Scottish Certificate of Education, 1963
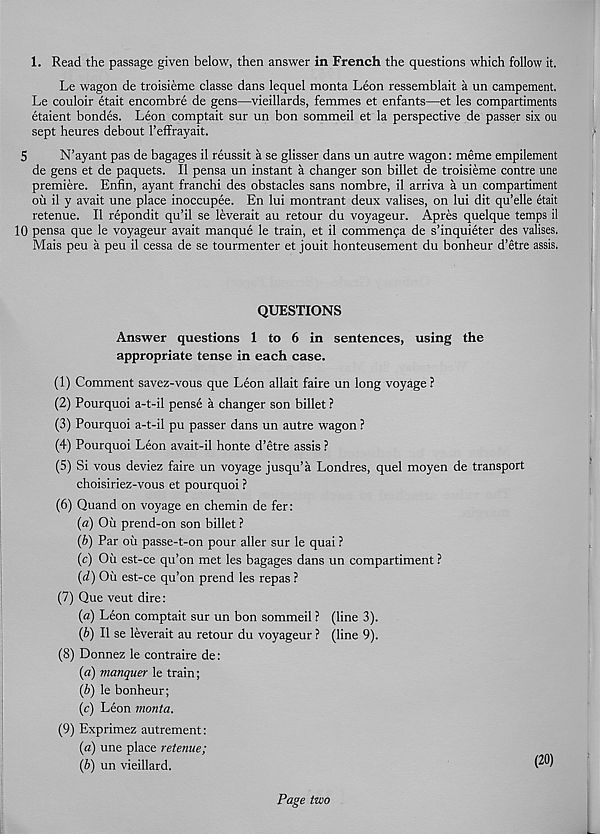
1. Read the passage given below, then answer in French the questions which follow it.
Le wagon de troisieme classe dans lequel monta Leon ressemblait a un campement.
Le couloir etait encombre de gens—vieillards, femmes et enfants—et les compartiments
etaient bondes. Leon comptait sur un bon sommeil et la perspective de passer six cm
sept heures debout I’effrayait.
5
N’ayant pas de bagages il reussit a se glisser dans un autre wagon: meme empilement
de gens et de paquets. II pensa un instant a changer son billet de troisieme contre une
premiere. Enfin, ayant franchi des obstacles sans nombre, il arriva a un compartiment
oil il y avait une place inoccupee. En lui montrant deux valises, on lui dit qu’elle etait
retenue. Il repondit qu’il se leverait au retour du voyageur. Apres quelque temps il
10 pensa que le voyageur avait manque le train, et il commen5a de s’inquieter des valises.
Mais peu a peu il cessa de se tourmenter et jouit honteusement du bonheur d’etre assis.
QUESTIONS
Answer questions 1 to 6 in sentences, using the
appropriate tense in each case.
(1) Comment savez-vous que Leon allait faire un long voyage ?
(2) Pourquoi a-t-il pense a changer son billet ?
(3) Pourquoi a-t-il pu passer dans un autre wagon ?
(4) Pourquoi Leon avait-il honte d’etre assis ?
(5) Si vous deviez faire un voyage jusqu’a Londres, quel moyen de transport
choisiriez-vous et pourquoi ?
(6) Quand on voyage en chemin de fer:
(a) Oil prend-on son billet ?
(b) Par oil passe-t-on pour aller sur le quai ?
(c) Oil est-ce qu’on met les bagages dans un compartiment ?
(d) Oil est-ce qu’on prend les repas ?
(7) Que veut dire:
(a) Leon comptait sur un bon sommeil ? (line 3).
(b) Il se leverait au retour du voyageur ? (line 9).
(8) Donnez le contraire de:
(a) manquer le train;
(b) le bonheur;
(c) Leon vionta.
(9) Exprimez autrement:
(a) une place retenue;
(b) un vieillard.
Page two
L